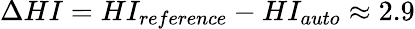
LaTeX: \Delta HI=HI_{reference}-HI_{auto}\approx 2.9